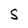
Character: S